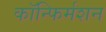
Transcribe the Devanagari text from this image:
कॉन्फिर्मशन